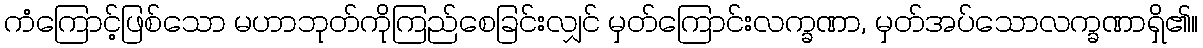
ကံကြောင့်ဖြစ်သော မဟာဘုတ်ကိုကြည်စေခြင်းလျှင် မှတ်ကြောင်းလက္ခဏာ, မှတ်အပ်သောလက္ခဏာရှိ၏။